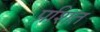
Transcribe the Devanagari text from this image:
प्रशित